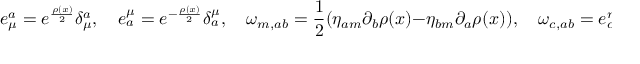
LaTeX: e _ { \mu } ^ { a } = e ^ { \frac { \rho ( x ) } { 2 } } \delta _ { \mu } ^ { a } , \quad e _ { a } ^ { \mu } = e ^ { - \frac { \rho ( x ) } { 2 } } \delta _ { a } ^ { \mu } , \quad \omega _ { m , a b } = \frac { 1 } { 2 } ( \eta _ { a m } \partial _ { b } \rho ( x ) - \eta _ { b m } \partial _ { a } \rho ( x ) ) , \quad \omega _ { c , a b } = e _ { c } ^ { m } \omega _ { m , a b } = e ^ { - \frac { \rho ( x ) } { 2 } } \omega _ { c , a b } .